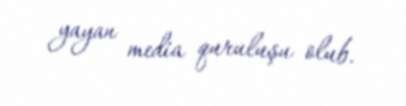
yayan media quruluşu olub.